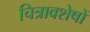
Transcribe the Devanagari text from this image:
चित्रावशेषों